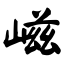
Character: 嵫